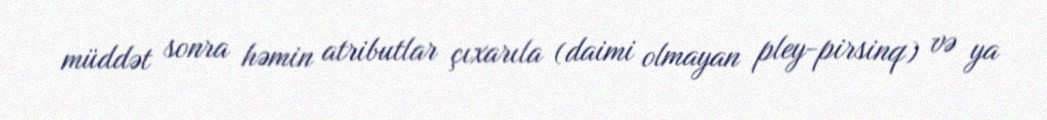
müddət sonra həmin atributlar çıxarıla (daimi olmayan pley-pirsinq) və ya